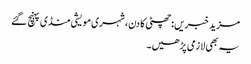
مزید خبریں:چھٹی کا دن، شہری مویشی منڈی پہنچ گئے
یہ بھی لازمی پڑھیں۔